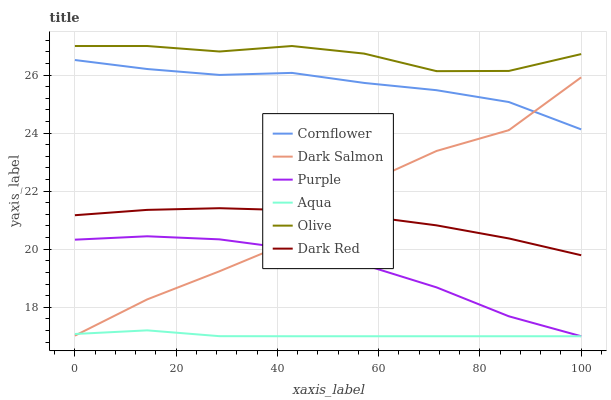
| xaxis_label | Cornflower | Dark Salmon | Purple | Aqua | Olive | Dark Red |
 | --- | --- | --- | --- | --- | --- | --- |
 | 0 | 26.5 | 17 | 20.3 | 17.1 | 27 | 21.2 |
 | 14.3 | 26.2 | 18.3 | 20.4 | 17.2 | 27 | 21.4 |
 | 28.6 | 26 | 19.2 | 20.3 | 17 | 26.8 | 21.4 |
 | 42.9 | 26.1 | 20.3 | 20 | 17 | 27 | 21.3 |
 | 57.1 | 25.7 | 22.3 | 19.5 | 17 | 26.7 | 21.1 |
 | 71.4 | 25.5 | 23.4 | 18.7 | 17 | 26.1 | 20.8 |
 | 85.7 | 25.1 | 24.1 | 17.7 | 17 | 26.1 | 20.4 |
 | 100 | 24.1 | 25.9 | 17 | 17 | 26.7 | 19.8 |